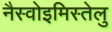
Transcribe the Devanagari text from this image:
नैस्वोइमिस्तेलु